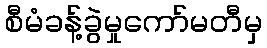
စီမံခန့်ခွဲမှုကော်မတီမှ